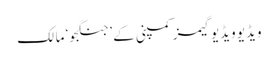
ویڈیو ویڈیو گیمز کمپنی کے ’جنگجو‘ مالک